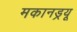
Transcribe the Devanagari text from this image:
मकानड्रयू